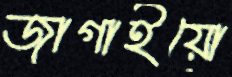
জাগাইয়ো